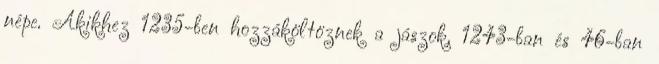
népe. Akikhez 1235-ben hozzáköltöznek a jászok, 1243-ban és 46-ban